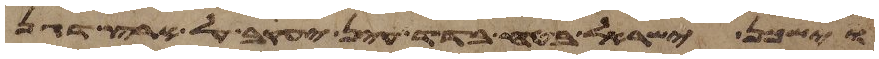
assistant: וישכן ישראל בטח בדד עין יעקב על ארץ דגן